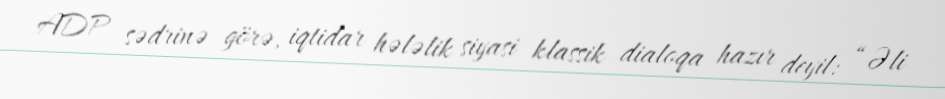
ADP sədrinə görə, iqtidar hələlik siyasi klassik dialoqa hazır deyil: “Əli